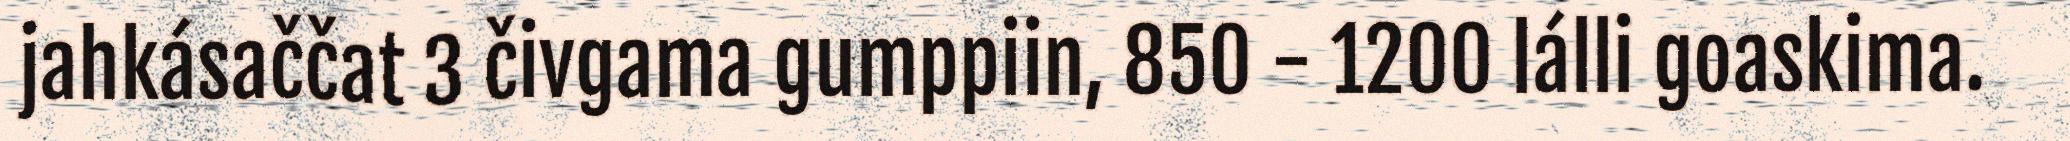
jahkásaččat 3 čivgama gumppiin, 850 - 1200 lálli goaskima.